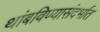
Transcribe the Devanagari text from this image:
थांबविण्यासंदर्भात